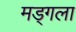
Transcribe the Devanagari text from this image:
मड्गला